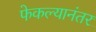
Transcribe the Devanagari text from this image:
फेकल्यानंतर